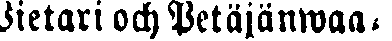
Pietari och Petäjanwaa-